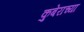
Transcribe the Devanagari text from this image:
कुबेराच्या